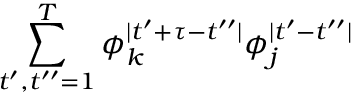
\sum _ { t ^ { \prime } , t ^ { \prime \prime } = 1 } ^ { T } \phi _ { k } ^ { \mid t ^ { \prime } + \tau - t ^ { \prime \prime } \mid } \phi _ { j } ^ { \mid t ^ { \prime } - t ^ { \prime \prime } \mid }